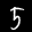
Label: 5